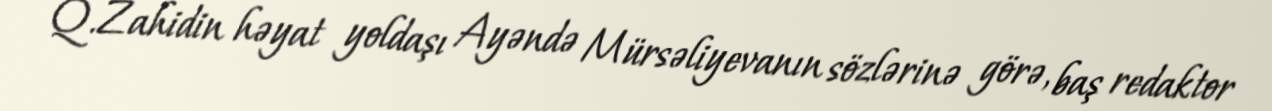
Q.Zahidin həyat yoldaşı Ayəndə Mürsəliyevanın sözlərinə görə, baş redaktor